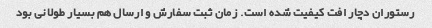
رستوران دچار افت کیفیت شده است. زمان ثبت سفارش و ارسال هم بسیار طولانی بود